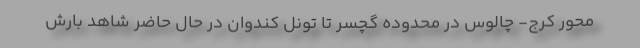
محور کرج- چالوس در محدوده گچسر تا تونل کندوان در حال حاضر شاهد بارش